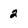
Character: 2